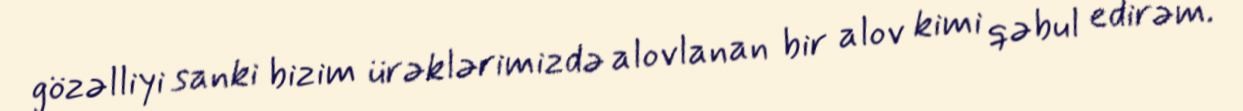
gözəlliyi sanki bizim ürəklərimizdə alovlanan bir alov kimi qəbul edirəm.